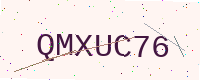
Text: QMXUC76